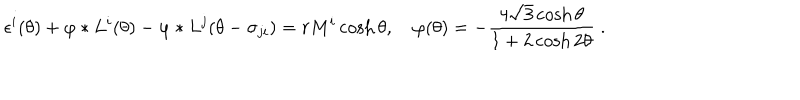
\epsilon ^ { i } ( \theta ) + \varphi * L ^ { i } ( \theta ) - \varphi * L ^ { j } ( \theta - \sigma _ { j i } ) = r M ^ { i } \cosh \theta , \quad \varphi ( \theta ) = - \frac { 4 \sqrt { 3 } \cosh \theta } { 1 + 2 \cosh 2 \theta } \; .